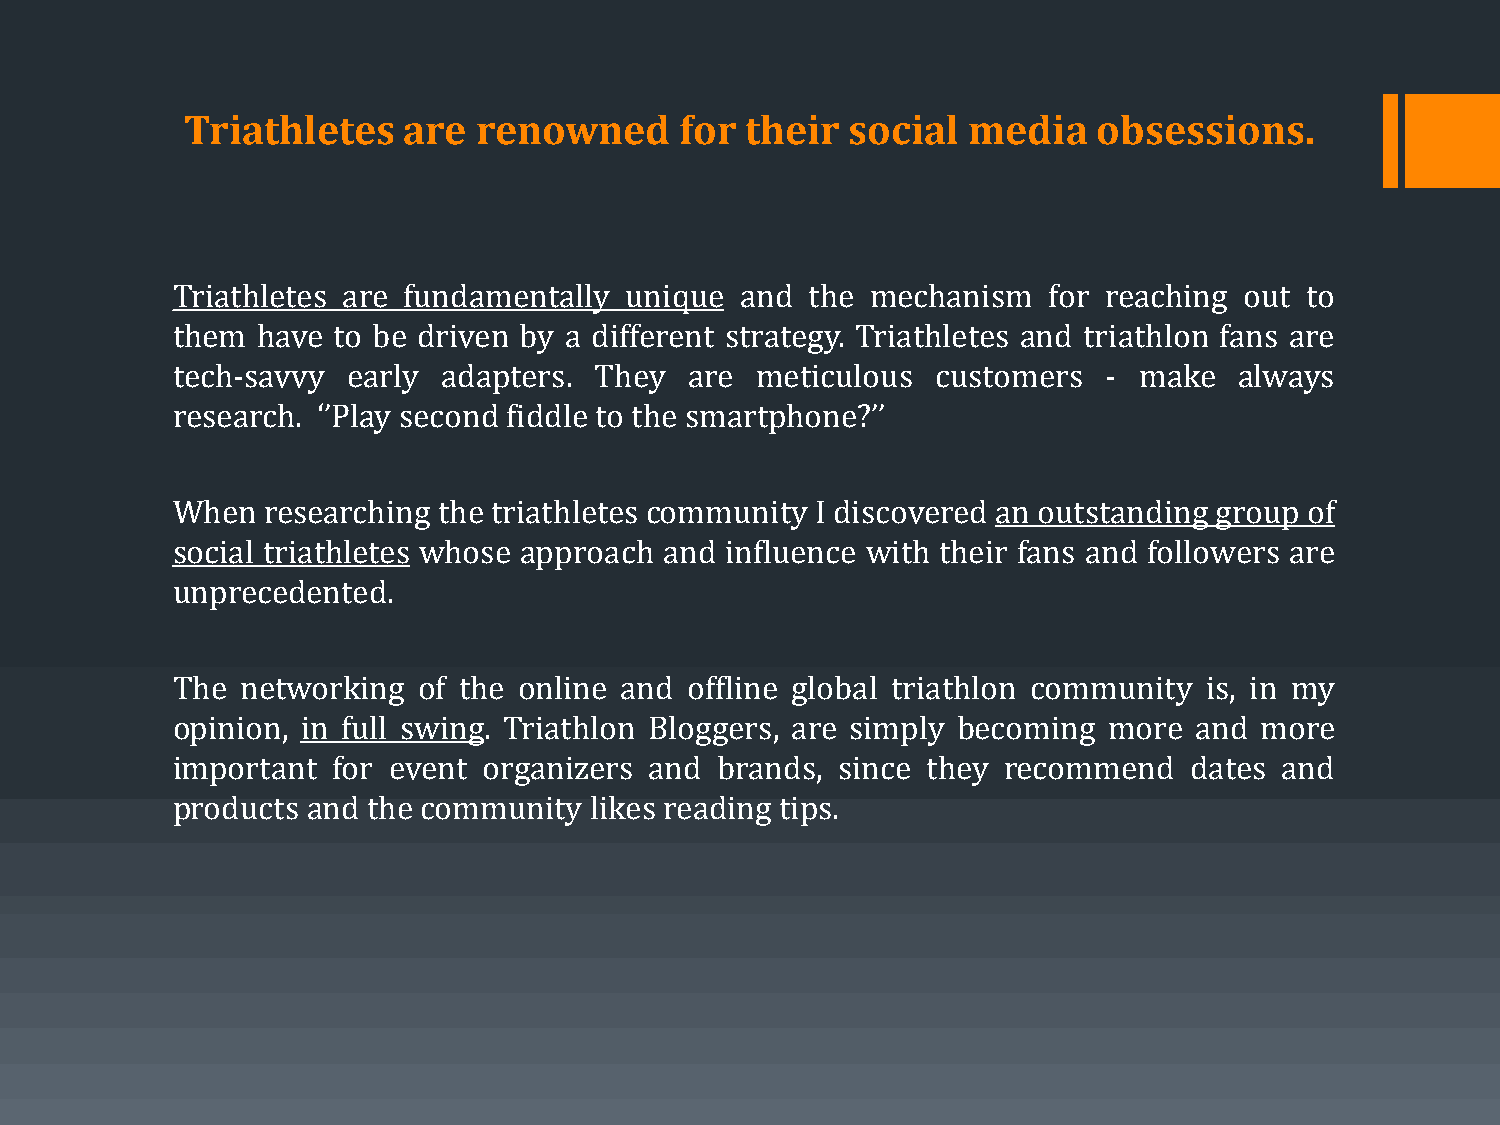
Triathletes    are  renowned     for their  social  media    obsessions.
 Triathletes are fundamentally unique  and  the mechanism  for reaching out to
 them  have to be driven by a different strategy. Triathletes and triathlon fans are
 tech-savvy  early adapters. They   are meticulous  customers  - make   always
 research. ‘’Play second fiddle to the smartphone?’’
 When  researching the triathletes community I discovered an outstanding group of
 social triathletes whose approach and influence with their fans and followers are
 unprecedented.
 The  networking  of the online and offline global triathlon community is, in my
 opinion, in full swing. Triathlon Bloggers, are simply becoming more and more
 important  for event organizers and brands, since they recommend    dates and
 products and the community  likes reading tips.